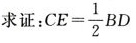
求证:$$C E = \frac { 1 } { 2 } B D$$